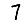
Digit: 7